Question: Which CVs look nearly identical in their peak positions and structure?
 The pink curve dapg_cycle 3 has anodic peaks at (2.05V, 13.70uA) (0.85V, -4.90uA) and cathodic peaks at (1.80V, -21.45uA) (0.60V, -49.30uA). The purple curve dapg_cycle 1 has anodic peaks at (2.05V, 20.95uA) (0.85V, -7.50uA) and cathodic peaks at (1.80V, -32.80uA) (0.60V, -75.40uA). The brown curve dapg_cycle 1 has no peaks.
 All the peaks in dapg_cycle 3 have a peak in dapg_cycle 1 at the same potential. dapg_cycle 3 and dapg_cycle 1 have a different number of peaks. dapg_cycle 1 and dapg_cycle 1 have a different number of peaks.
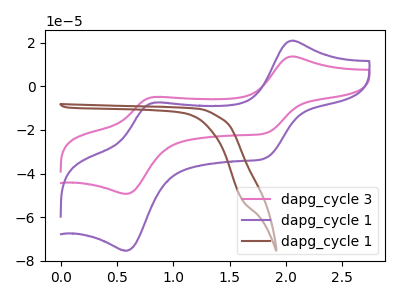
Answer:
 <answer>"dapg_cycle 1" and "dapg_cycle 3" have the same shape and are likely CV's of the same chemical.</answer>
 <eval>"dapg_cycle 1" "dapg_cycle 3"</eval>